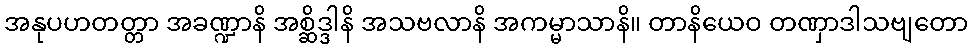
အနုပဟတတ္တာ အခဏ္ဍာနိ အစ္ဆိဒ္ဒါနိ အသဗလာနိ အကမ္မာသာနိ။ တာနိယေဝ တဏှာဒါသဗျတော